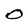
Character: 0